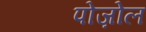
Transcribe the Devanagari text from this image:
पोज़ोल